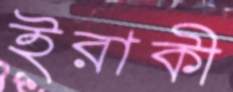
ইরাকী